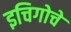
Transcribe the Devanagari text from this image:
इचिगोचे